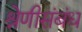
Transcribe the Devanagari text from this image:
श्रेणीसंबंध